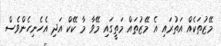
މޭޒުތަކެއް އަތުރައި އެ މޭޒުތައް މަތީގައި މޭވާ މާ ކޭކް އަދި އެހެނިހެންވެސް